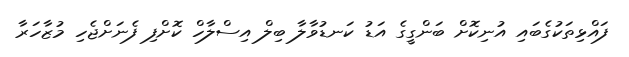
ފައްޅިތަކުގެބައި އުނިކޮށް ބަންގީގެ އަޑު ކަނޑުވާލާ ބިލް އިސްލާހް ކޮށްފި ފެނަށްޖެހި މުޒާހަރާ